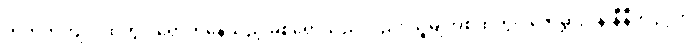
ကတုတ်ကျင်းထဲတွင် ရောက်နေသည့် မစ်ရှောသည်လည်း သူ့မျက်စိထဲတွင် ဇော်မွှားပန်းနီနီတပွင့်ကို